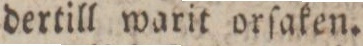
dertill warit orſaken.